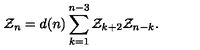
{ \cal Z } _ { n } = d ( n ) \sum _ { k = 1 } ^ { n - 3 } { \cal Z } _ { k + 2 } { \cal Z } _ { n - k } .